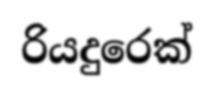
රියදුරෙක්